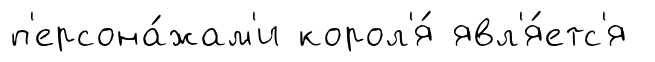
п'ерсона́жам'и корол'я́ явл'я́етс'я